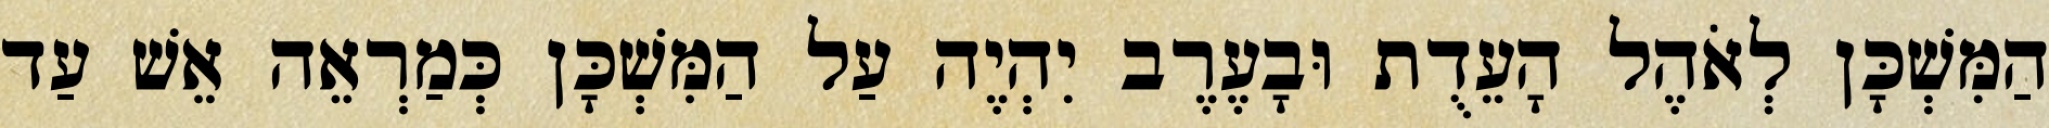
הַמִּשְׁכָּן לְאֹהֶל הָעֵדֻת וּבָעֶרֶב יִהְיֶה עַל הַמִּשְׁכָּן כְּמַרְאֵה אֵשׁ עַד